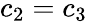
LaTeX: c_{2}=c_{3}